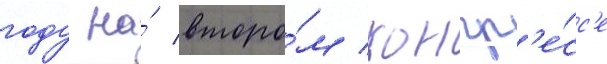
году на́ второ́м конгр'е́сс'е